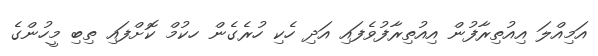
އަމިއްލަ އިއުތިރާފުން އިއުތިރާފުވެފައި އަދި ހެކި ހުރެގެން ހކުމް ކޮށްފައި ތިބި މީހުންގެ